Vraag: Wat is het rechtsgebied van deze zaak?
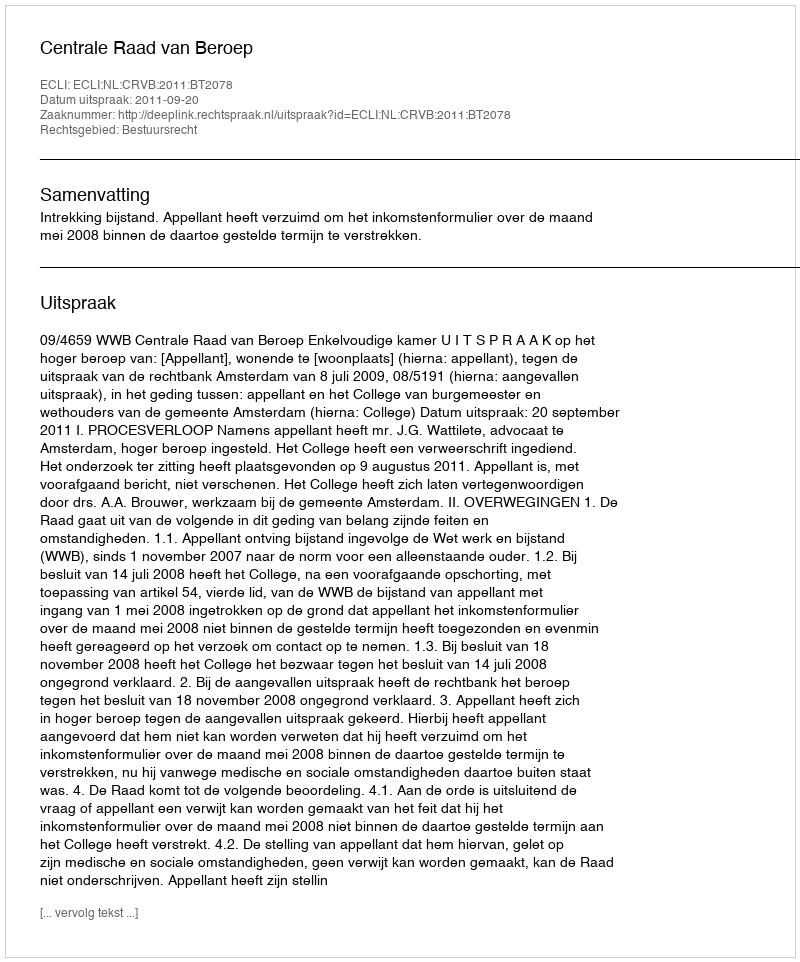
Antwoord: Bestuursrecht